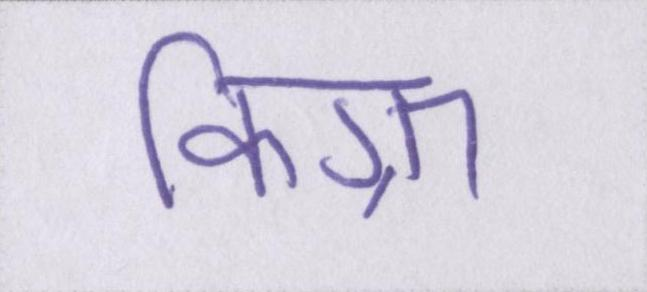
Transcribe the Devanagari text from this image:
किग्रा